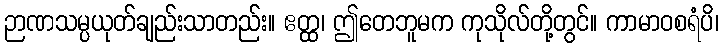
ဉာဏသမ္ပယုတ်ချည်းသာတည်း။ ဧတ္ထ၊ ဤတေဘူမက ကုသိုလ်တို့တွင်။ ကာမာဝစရံပိ၊